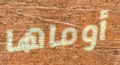
أوماها